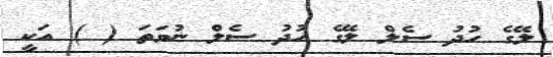
ލޭގެ ހުދު ސެލް ލޭގެ ހުދު ސެލް ނުވަތަ ( ) އަކީ